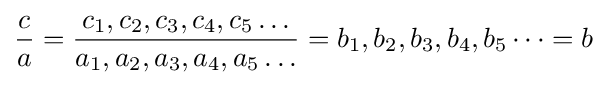
{\frac {c}{a}}={\frac {c_{1},c_{2},c_{3},c_{4},c_{5}\dots }{a_{1},a_{2},a_{3},a_{4},a_{5}\dots }}=b_{1},b_{2},b_{3},b_{4},b_{5}\dots =b